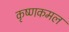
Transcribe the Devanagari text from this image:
कृष्णकमल